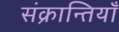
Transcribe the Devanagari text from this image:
संक्रान्तियाँ